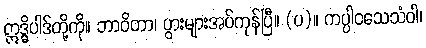
ဣဒ္ဓိပါဒ်တို့ကို။ ဘာဝိတာ၊ ပွားများအပ်ကုန်ပြီ။ (ပ)။ ကပ္ပါဝသေသံဝါ၊